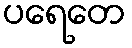
ပရေတေ